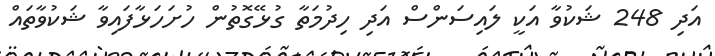
އަދި 248 ޝަކުވާ އަކީ ލައިސަންސް އަދި ހިދުމަތާ ގުޅޭގޮތުން ހުށަހަޅާފައިވާ ޝަކުވާތައް